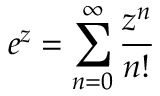
e ^ { z } = \sum _ { n = 0 } ^ { \infty } { \frac { z ^ { n } } { n ! } }